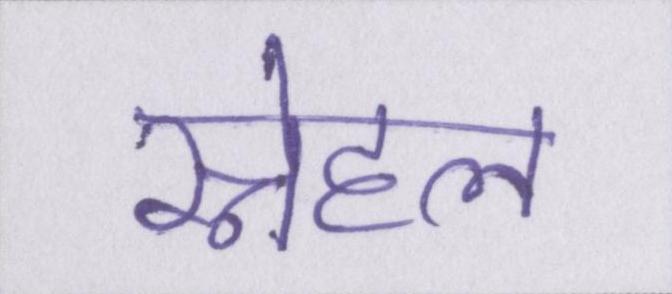
स्नेहल